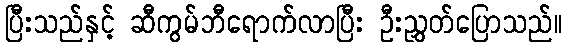
ပြီးသည်နှင့် ဆီကွမ်ဘီရောက်လာပြီး ဦးညွှတ်ပြောသည်။